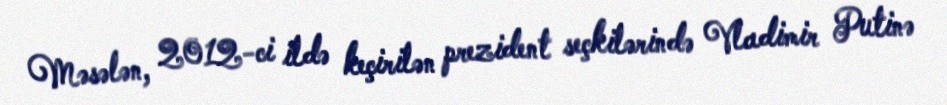
Məsələn, 2012-ci ildə keçirilən prezident seçkilərində Vladimir Putinə